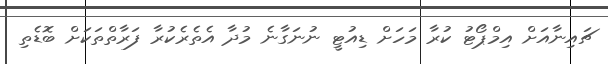
ޗައިނާއަށް އިމްޕޯޓު ކުރާ މަހަށް ޑިއުޓީ ނުނަގާނެ މުދާ އެތެރެކުރާ ފަރާތްތަކަށް ބޮޑެތި